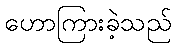
ဟောကြားခဲ့သည်